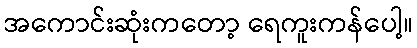
အကောင်းဆုံးကတော့ ရေကူးကန်ပေါ့။